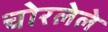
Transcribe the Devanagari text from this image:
चोरलेले